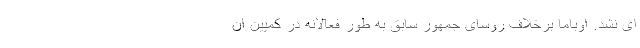
ای نشد. اوباما برخلاف روسای جمهور سابق به طور فعالانه در کمپین ان